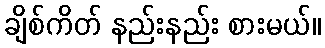
ချိစ်ကိတ် နည်းနည်း စားမယ်။